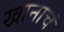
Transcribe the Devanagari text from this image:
खानाचं